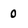
Character: 0